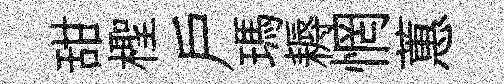
甜檉户瑪耨惘蕙